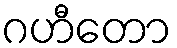
ဂဟီတော